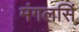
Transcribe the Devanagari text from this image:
मंगलसिं